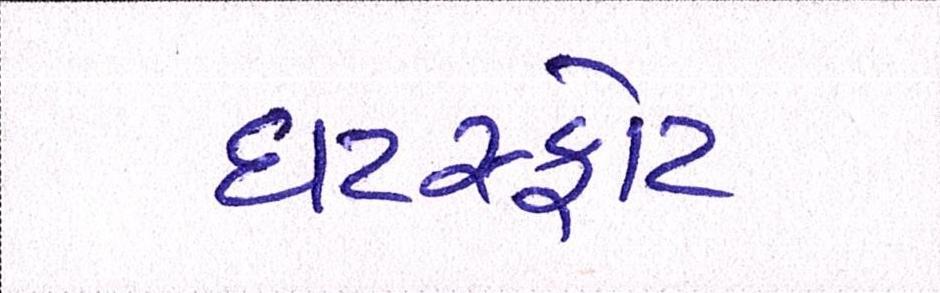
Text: ઘટસ્ફોટ